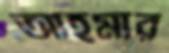
আহমার